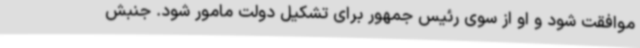
موافقت شود و او از سوی رئیس جمهور برای تشکیل دولت مامور شود. جنبش